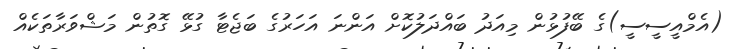
(އެމްއީސީސީ)ގެ ބޭފުޅުން މިއަދު ބައްދަލުކޮށް އަންނަ އަހަރުގެ ބަޖެޓާ ގުޅޭ ގޮތުން މަޝްވަރާތަކެއް